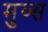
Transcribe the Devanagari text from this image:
मुव्स